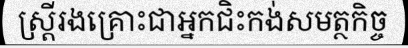
ស្ត្រីរងគ្រោះជាអ្នកជិះកង់សមត្ថកិច្ច